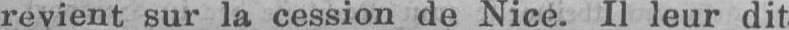
revient sur la cession de Nice. Il leur dit